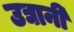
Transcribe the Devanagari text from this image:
उद्यानी